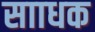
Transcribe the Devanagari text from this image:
सााधक